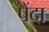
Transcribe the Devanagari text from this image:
पैंदा